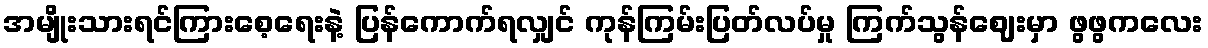
အမျိုးသားရင်ကြားစေ့ရေးနဲ့ ပြန်ကောက်ရလျှင် ကုန်ကြမ်းပြတ်လပ်မှု ကြက်သွန်ဈေးမှာ ဖွဖွကလေး